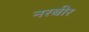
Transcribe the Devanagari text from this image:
नरबीर